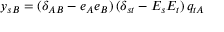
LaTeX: y _ { s B } = ( \delta _ { A B } - e _ { A } e _ { B } ) \, ( \delta _ { s t } - E _ { s } E _ { t } ) \, q _ { t A }